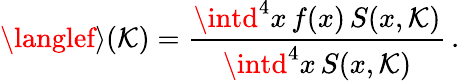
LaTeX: \langlef\rangle(\mathcal{K})=\frac{{\intd^{4}x\, f(x)\, S(x,\mathcal{K})}}{{\intd^{4}x\, S(x,\mathcal{K})}}\, .